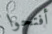
أفتحوا